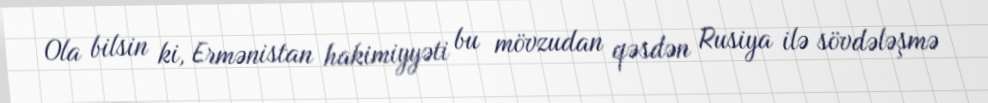
Ola bilsin ki, Ermənistan hakimiyyəti bu mövzudan qəsdən Rusiya ilə sövdələşmə